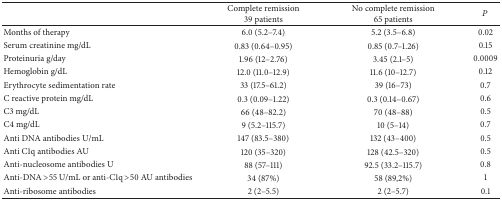
<table><thead><tr><td><b> </b></td><td><b>Complete remission39 patients</b></td><td><b>No complete remission 65 patients </b></td><td><b><i>P</i></b></td></tr></thead><tbody><tr><td>Months of therapy</td><td>6.0 (5.2–7.4)</td><td>5.2 (3.5–6.8)</td><td>0.02</td></tr><tr><td>Serum creatinine mg/dL</td><td>0.83 (0.64–0.95)</td><td>0.85 (0.7–1.26)</td><td>0.15</td></tr><tr><td>Proteinuria g/day</td><td>1.96 (12–2.76)</td><td>3.45 (2.1–5)</td><td>0.0009</td></tr><tr><td>Hemoglobin g/dL</td><td>12.0 (11.0–12.9)</td><td>11.6 (10–12.7)</td><td>0.12</td></tr><tr><td>Erythrocyte sedimentation rate </td><td>33 (17.5–61.2)</td><td>39 (16–73)</td><td>0.7</td></tr><tr><td>C reactive protein mg/dL</td><td>0.3 (0.09–1.22)</td><td>0.3 (0.14–0.67)</td><td>0.6</td></tr><tr><td>C3 mg/dL</td><td>66 (48–82.2)</td><td>70 (48–88)</td><td>0.5</td></tr><tr><td>C4 mg/dL</td><td>9 (5.2–115.7)</td><td>10 (5–14)</td><td>0.7</td></tr><tr><td>Anti DNA antibodies U/mL</td><td>147 (83.5–380)</td><td>132 (43–400)</td><td>0.5</td></tr><tr><td>Anti C1q antibodies AU</td><td>120 (35–320)</td><td>128 (42.5–320)</td><td>0.5</td></tr><tr><td>Anti-nucleosome antibodies U</td><td>88 (57–111)</td><td>92.5 (33.2–115.7)</td><td>0.8</td></tr><tr><td>Anti-DNA &gt;55 U/mL or anti-C1q &gt;50 AU antibodies</td><td>34 (87%)</td><td>58 (89,2%) </td><td>1</td></tr><tr><td>Anti-ribosome antibodies </td><td>2 (2–5.5)</td><td>2 (2–5.7)</td><td>0.1</td></tr></tbody></table>